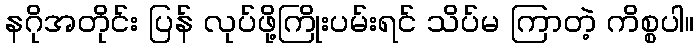
နဂိုအတိုင်း ပြန် လုပ်ဖို့ကြိုးပမ်းရင် သိပ်မ ကြာတဲ့ ကိစ္စပါ။